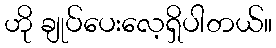
ဟို ချုပ်ပေးလေ့ရှိပါတယ်။